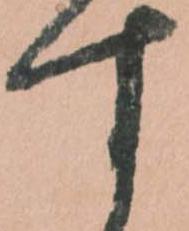
す